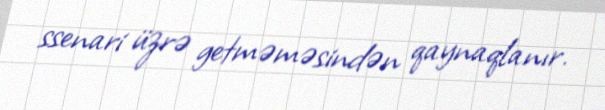
ssenari üzrə getməməsindən qaynaqlanır.